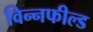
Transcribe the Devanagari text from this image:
विन्नफील्ड